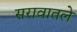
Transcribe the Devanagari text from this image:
सरावातले